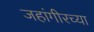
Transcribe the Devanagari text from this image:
जहांगीरच्या